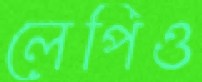
লেপিও